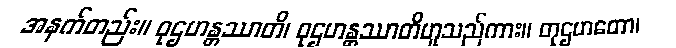
အနက်တည်း။ ဝုဌဟန္တဿာတိ၊ ဝုဌဟန္တဿာတိဟူသည်ကား။ တုဌဟတော၊